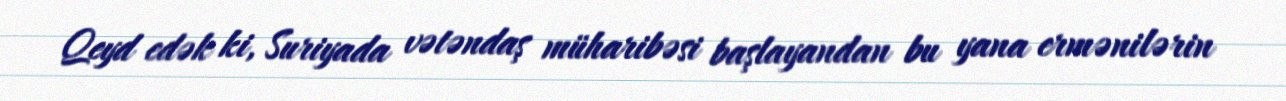
Qeyd edək ki, Suriyada vətəndaş müharibəsi başlayandan bu yana ermənilərin